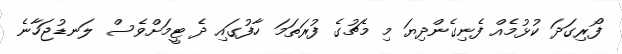
ފޯރިގަދަ ކުޅުމެއް ފެނިގެންދިޔަ މި މެޗުގެ ފުރަތަމަ ހާފުގައި ދެ ޓީމަށްވެސް ލަނޑުޖަހާނެ